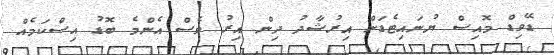
ޑޭވިޑް މޮއިސް ޔުނައިޓެޑަށް އިރުޝާދު ދިން އިރު ވެސް އެންމެ ބޮޑު އިސްކަމެއް